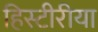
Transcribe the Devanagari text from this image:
हिस्टीरीया